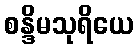
စန္ဒိမသုရိယေ